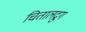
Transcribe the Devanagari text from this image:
चितालद्रुग